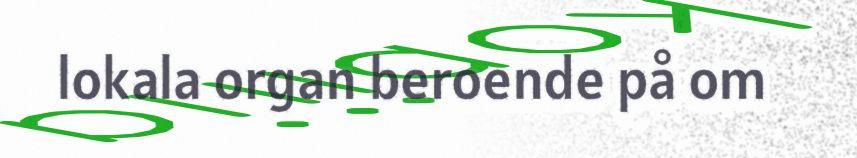
lokala organ beroende på om